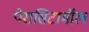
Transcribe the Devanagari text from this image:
पेरासिटामॉल